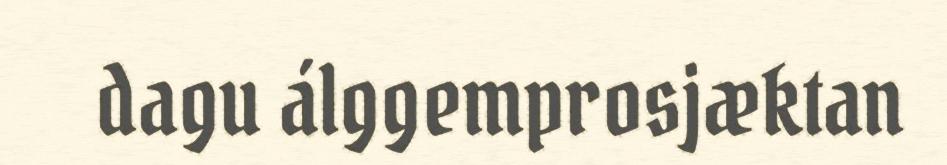
dagu álggemprosjæktan